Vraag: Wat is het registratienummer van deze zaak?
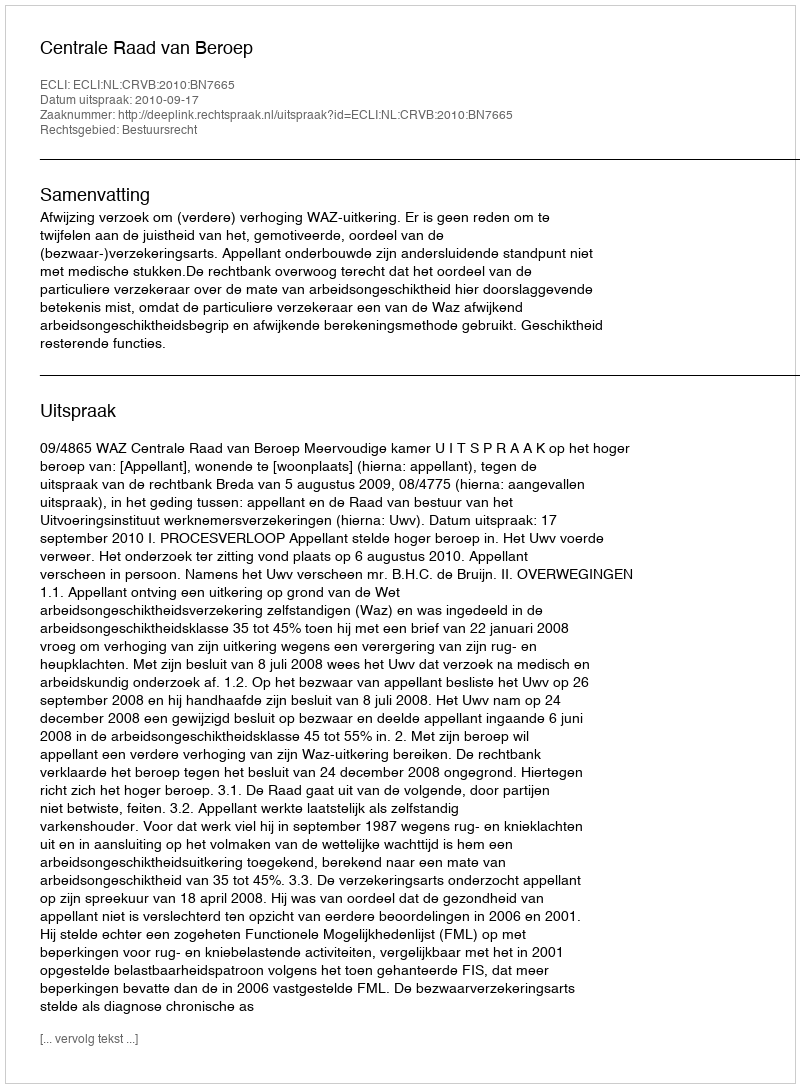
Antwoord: http://deeplink.rechtspraak.nl/uitspraak?id=ECLI:NL:CRVB:2010:BN7665